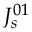
J _ { s } ^ { 0 1 }